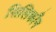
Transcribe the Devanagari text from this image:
सिलिकाँन